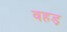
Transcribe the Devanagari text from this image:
वहड़